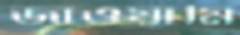
জাওয়ামি